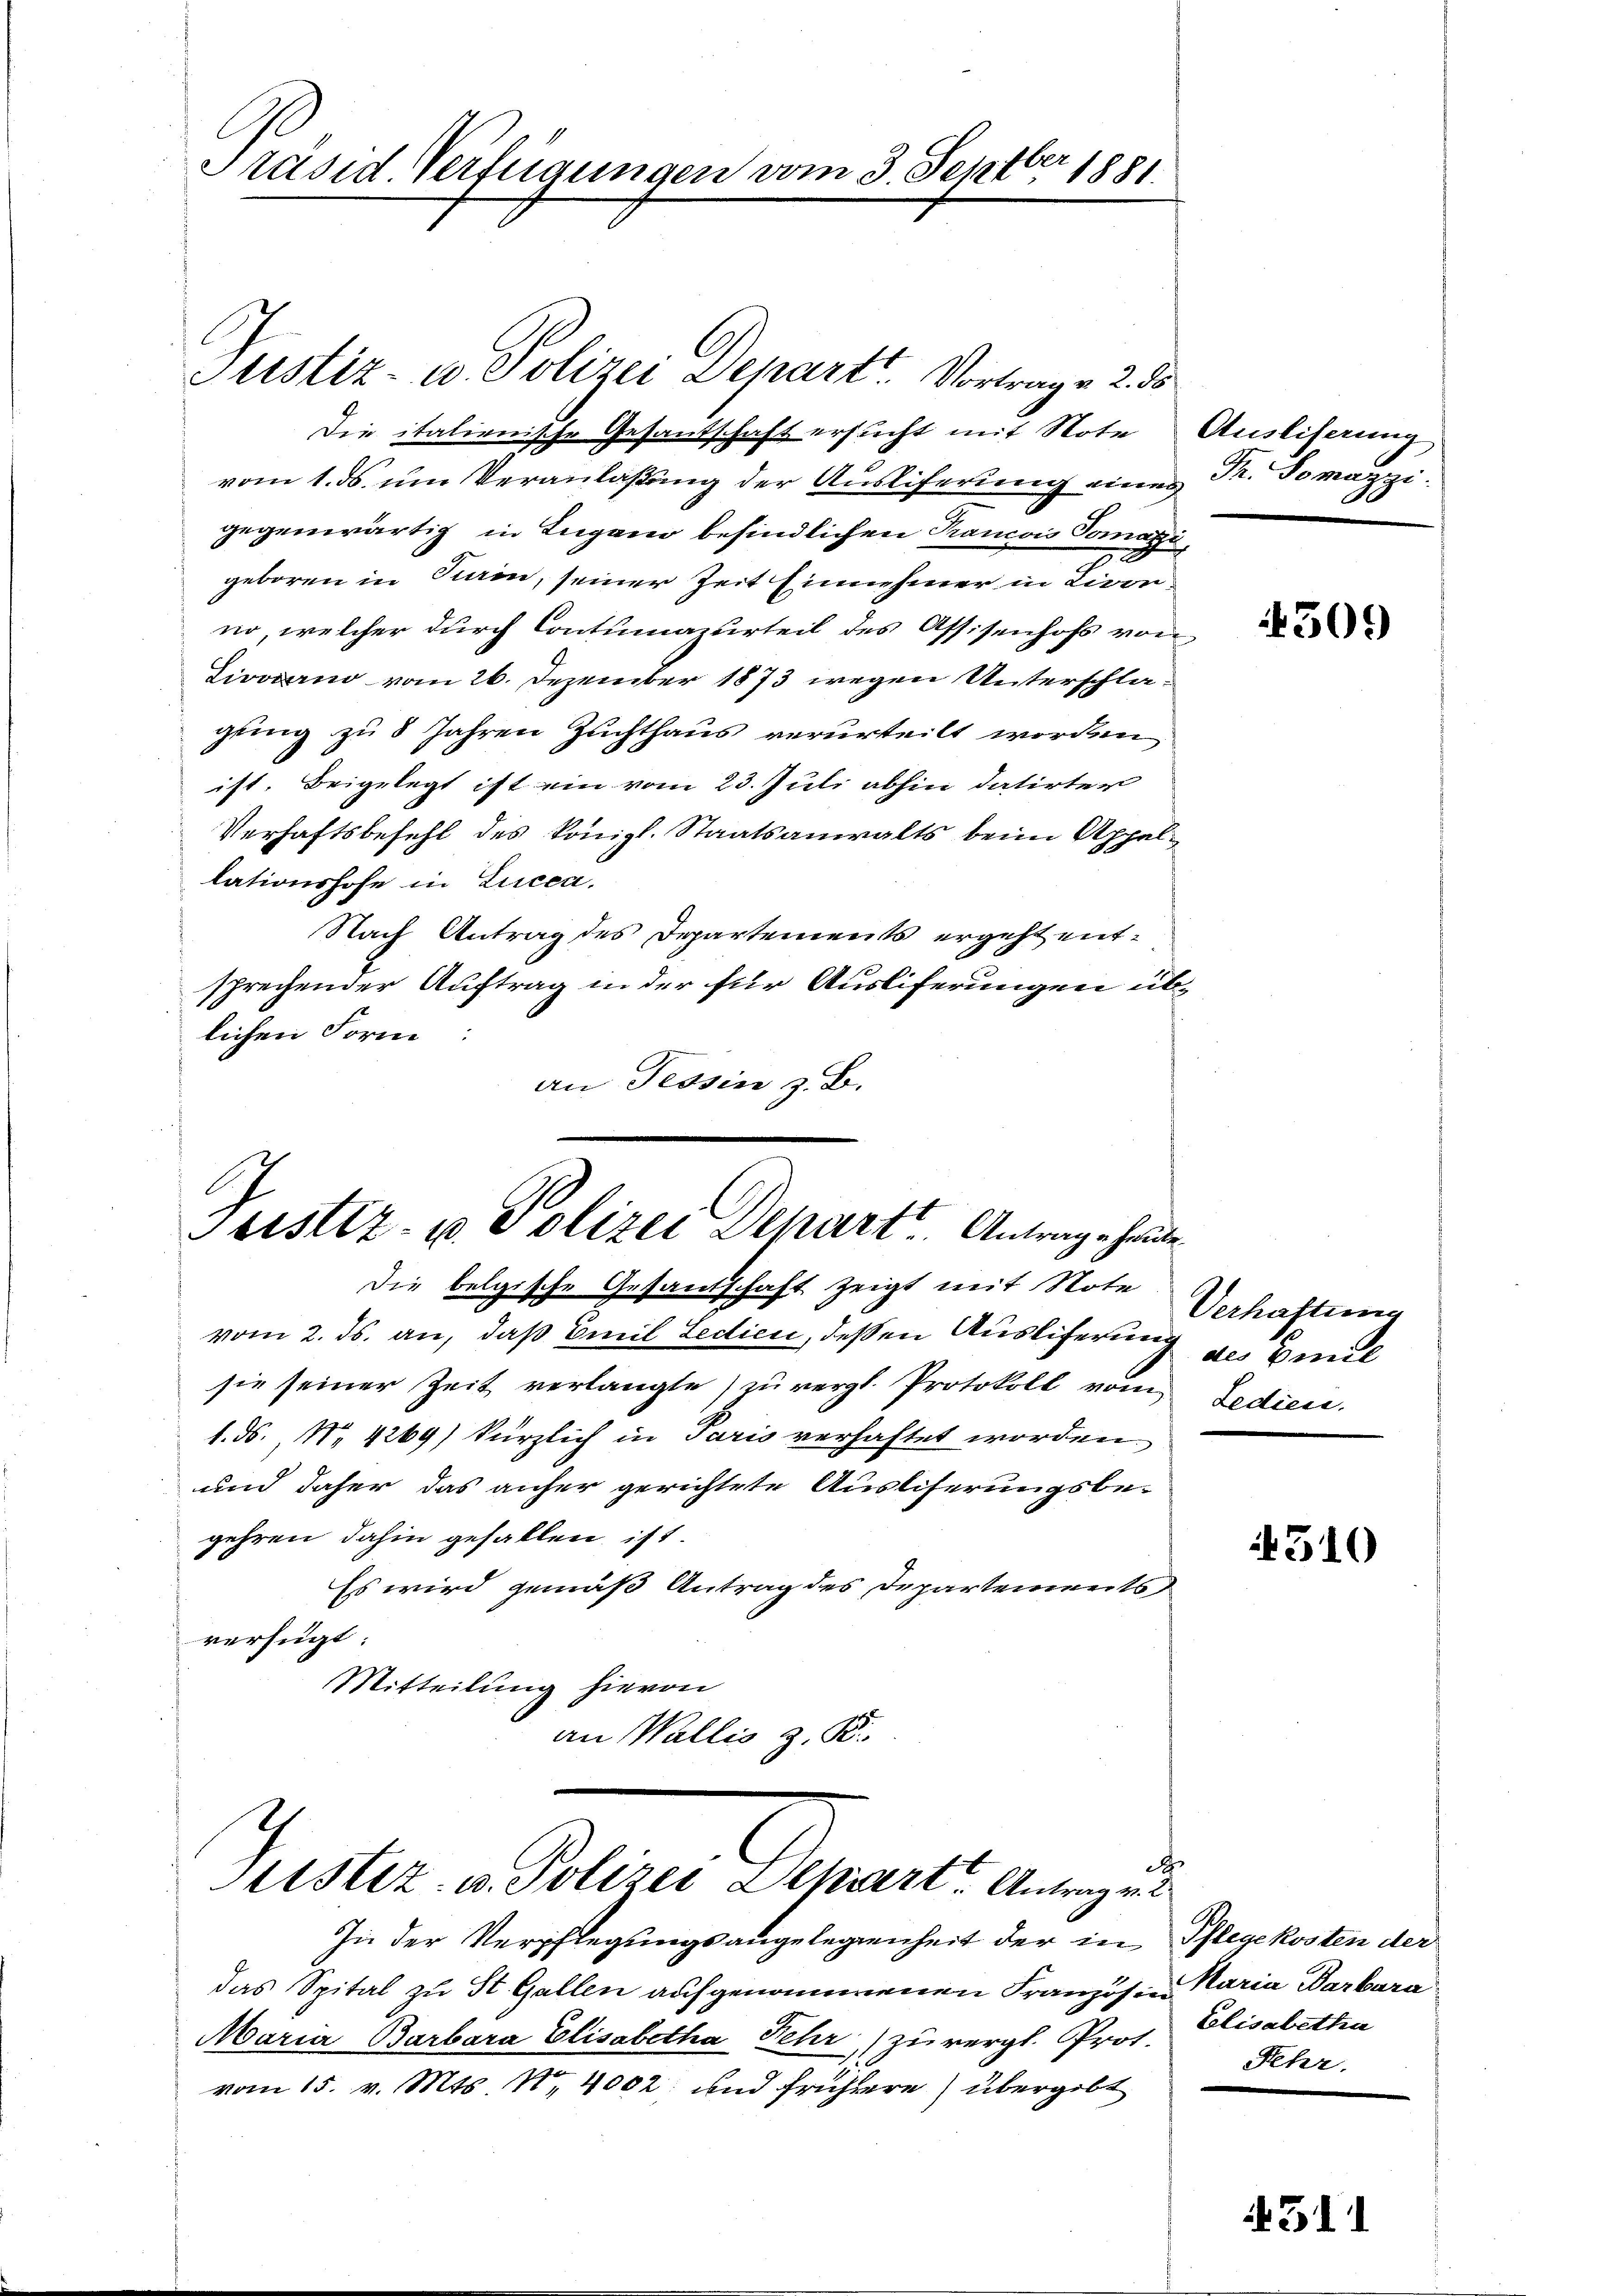
ber
Präsid. Verfügungen vom 3. Sept. 1881.

Justiz- u. Polizei Depart Vortrage 2. ds
Die italienische Gesandschaft ersucht mit Note Ausliserung
vom 1. ds. um Veranlaßung der Ausliferung eines Pr. Somazzigegenwärtig in Lugano befindlichen Prancois Tomati¬
7.
geboren in Pierin, seiner Zeit Einnehmer in Livon
no, welcher durch Contumazurteil des Assisenhofs von
Tivocarno vom 26. Dezember 1873 wegen Unterschlagung zu 8 Jahren Zuchthaus verurteilt worden
ist. Beigelegt ist ein vom 23. Juli abhin datirter
Verhaftsbefehl des Königl. Staatsanwalts beim Appellationshofe in Lucca.
Nach Antrag des Departements ergeht entsprechender Auftrag in der für Ausliferungen üblichen Form:
an Tessin z. B.

Geistiz- u Polizei Dehart Antrage heute

Die belgische Gesandschaft zeigt mit Note
vom 2. ds. an, daß Emil Ledici, deßen Ausliferung
sie seiner Zeit verlangte zŭ vergl. Protokoll vom Fedien.
1. ds., No 4269) kürzlich in Paris verhaftet worden.
und daher das anher gerichtete Ausliserungsbe-
gehren dahin gefallen ist.
Es wird gemäß Antrag des Departements
verfügt
Mitteilung hievon
an Wallis z. B.
A
Sitstiz- u. Polizei Schiart. Antrage
In der Verpflegungsangelegenheit der in Pflegekosten der
das Spital zu St. Gallen aufgenommenen Französen Maria Barbara
Maria Barbara Elisabetha Nehr) zu vergl. Prot.
vom 15. v. Mts. N. 4002 und frühere) übergibt

4309

Verhaltung
des Bunde

4310

Calisabetha
Fehr.

511